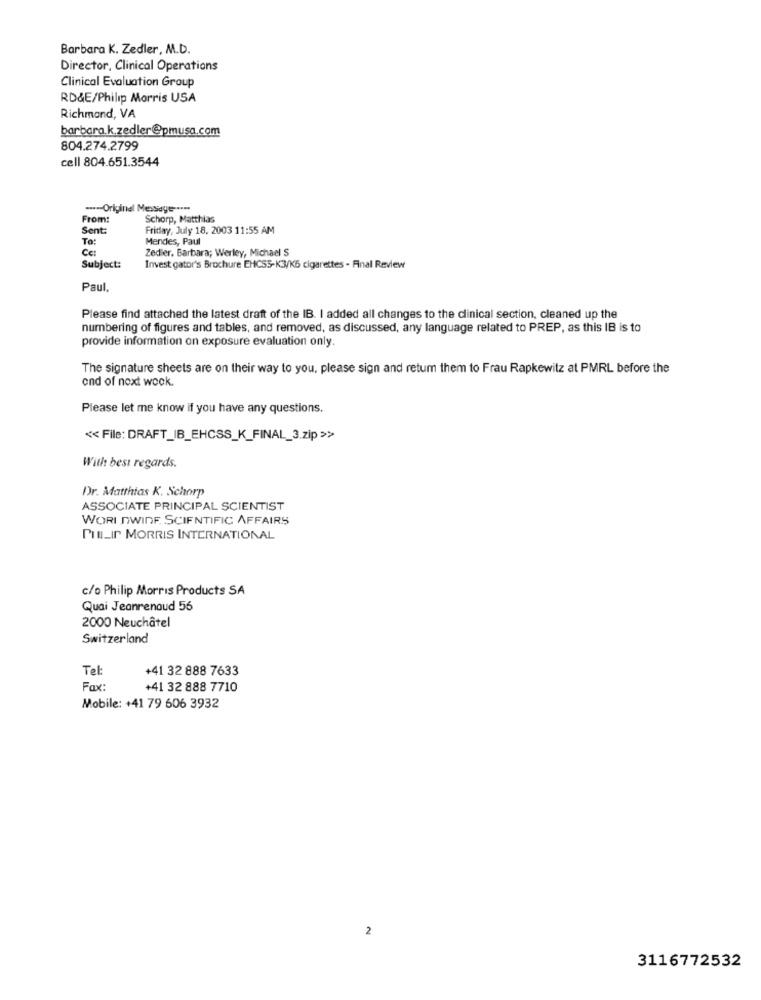
Barbara K. Zedler, M.D.
Director, Clinical Operations
Clinical Evaluation Group
RD&E/Philip Morris USA
Richmond, VA
barbara.k.zedler@pmusa.com
804.274.2799
cell 804.651.3544
--- Original Message ....
From:
Schorp, Matthias
Sent:
Friday, July 18, 2003 11:55 AM
To:
Mendes, Paul
Ce:
Zedier. Barbara; Werley, Michael S
Subject:
Invest gator's Brochure EHCSS-K3/KG cigarettes - Final Review
Paul,
Please find attached the latest draft of the IB. I added all changes to the clinical section, cleaned up the
numbering of figures and tables, and removed, as discussed, any language related to PREP, as this IB is to
provide information on exposure evaluation only.
The signature sheets are on their way to you, please sign and retum them to Frau Rapkewitz at PMRL before the
end of next week.
Please let me know if you have any questions.
« File: DRAFT_IB_EHCSS_K_FINAL_3.zip >>
With best regards.
Dr. Matthias K. Schorp
ASSOCIATE PRINCIPAL SCIENTIST
WORL DWINF. SCIENTIFIC AFFAIRS
PHILIP MORRIS INTERNATIONAL
c/o Philip Morris Products SA
Quai Jeanrenaud 56
2000 Neuchâtel
Switzerland
Tel
+41 32 888 7633
Fax:
+41 32 888 7710
Mobile: +41 79 606 3932
2
3116772532